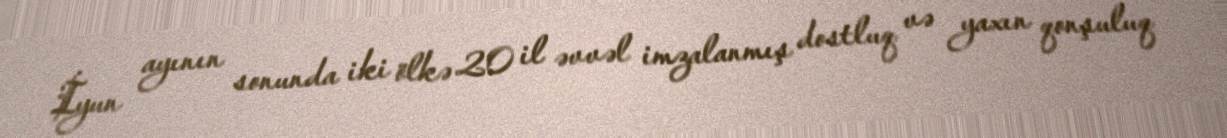
İyun ayının sonunda iki ölkə 20 il əvvəl imzalanmış dostluq və yaxın qonşuluq